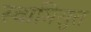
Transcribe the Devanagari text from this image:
स्वामिसुत